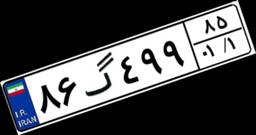
۸۳گ۷۴۳۶۶